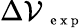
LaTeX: \Delta\mathcal{V}_{\mathrm{{~\scriptsize~e~x~p~}}}